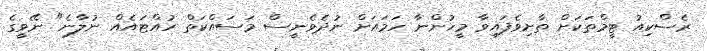
ރެސްކިއު ޓީމްތަކަށް ތާށިވެފައިވާ މީހުންނާ ހަމައަށް ނުދެވެނީސް މަސައްކަތް ހުއްޓައެއް ނުލާނެ" ނޭވީގެ